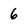
Character: 6